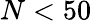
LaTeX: N<50